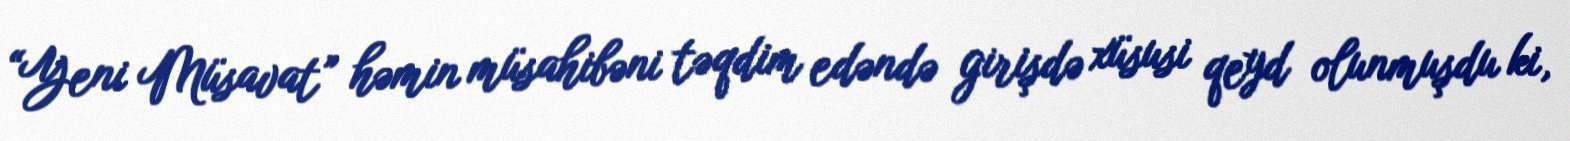
“Yeni Müsavat” həmin müsahibəni təqdim edəndə girişdə xüsusi qeyd olunmuşdu ki,